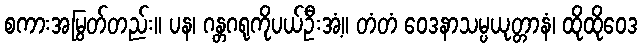
စကားအမြွတ်တည်း။ ပန၊ ဂန္တဂရုကိုပယ်ဦးအံ့။ တံတံ ဝေဒနာသမ္ပယုတ္တာနံ၊ ထိုထိုဝေဒ